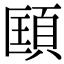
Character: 𩒑